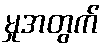
မှုအတွက်